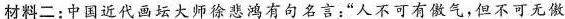
材料二：中国近代画坛大师徐悲鸿有句名言：”人不可有傲气，但不可无傲